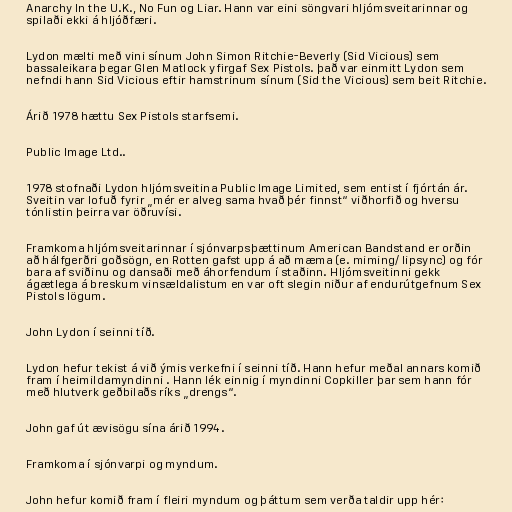
Anarchy In the U.K., No Fun og Liar. Hann var eini söngvari hljómsveitarinnar og
spilaði ekki á hljóðfæri.

Lydon mælti með vini sínum John Simon Ritchie-Beverly (Sid Vicious) sem
bassaleikara þegar Glen Matlock yfirgaf Sex Pistols. það var einmitt Lydon sem
nefndi hann Sid Vicious eftir hamstrinum sínum (Sid the Vicious) sem beit Ritchie.

Árið 1978 hættu Sex Pistols starfsemi.

Public Image Ltd..

1978 stofnaði Lydon hljómsveitina Public Image Limited, sem entist í fjórtán ár.
Sveitin var lofuð fyrir „mér er alveg sama hvað þér finnst“ viðhorfið og hversu
tónlistin þeirra var öðruvísi.

Framkoma hljómsveitarinnar í sjónvarpsþættinum American Bandstand er orðin
að hálfgerðri goðsögn, en Rotten gafst upp á að mæma (e. miming/ lipsync) og fór
bara af sviðinu og dansaði með áhorfendum í staðinn. Hljómsveitinni gekk
ágætlega á breskum vinsældalistum en var oft slegin niður af endurútgefnum Sex
Pistols lögum.

John Lydon í seinni tíð.

Lydon hefur tekist á við ýmis verkefni í seinni tíð. Hann hefur meðal annars komið
fram í heimildamyndinni . Hann lék einnig í myndinni Copkiller þar sem hann fór
með hlutverk geðbilaðs ríks „drengs“.

John gaf út ævisögu sína árið 1994.

Framkoma í sjónvarpi og myndum.

John hefur komið fram í fleiri myndum og þáttum sem verða taldir upp hér: